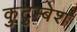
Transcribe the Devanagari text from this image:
कुटुम्बेश